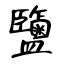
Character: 鹽